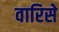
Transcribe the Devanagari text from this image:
वारिसे